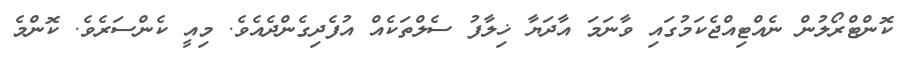
ކޮންޓްރޯލުން ނެއްޓިއްޖެކަމުގައި ވާނަމަ އާދަޔާ ޚިލާފު ސެލްތަކެއް އުފެދިގެންދެއެވެ. މިއީ ކެންސަރެވެ. ކޮންމެ